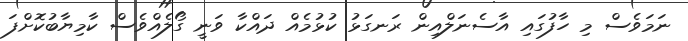
ނަމަވެސް މި ހާފުގައި އާސެނަލްއިން ރަނގަޅު ކުޅުމެއް ދައްކާ ވަނީ ގޯލެއްވެސް ކާމިޔާބުކޮށްފަ